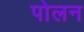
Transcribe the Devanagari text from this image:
पोलन